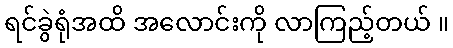
ရင်ခွဲရုံအထိ အလောင်းကို လာကြည့်တယ် ။